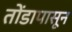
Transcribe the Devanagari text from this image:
तोंडापासून